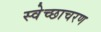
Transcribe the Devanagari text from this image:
स्वेच्छाचरण